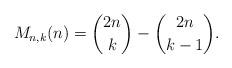
LaTeX: \begin{align*}M_{n,k}(n)=\dbinom{2n}{k}-\dbinom{2n}{k-1}.\end{align*}